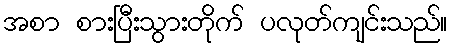
အစာ စားပြီးသွားတိုက် ပလုတ်ကျင်းသည်။